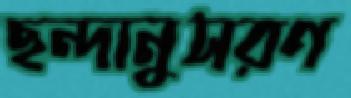
ছন্দানুসরণ